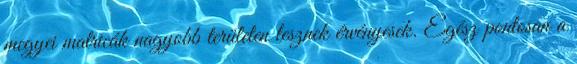
megyei matricák nagyobb területen lesznek érvényesek. Egész pontosan a